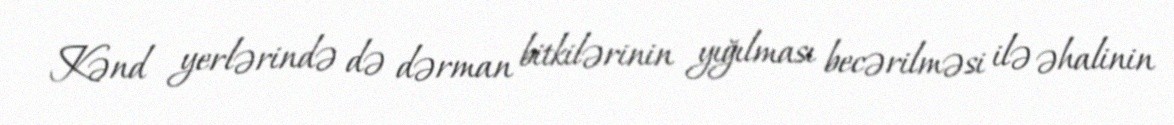
Kənd yerlərində də dərman bitkilərinin yığılması becərilməsi ilə əhalinin